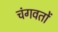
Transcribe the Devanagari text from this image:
चंगवतों